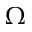
\Omega